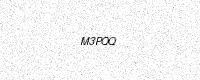
Text: M3PQQ